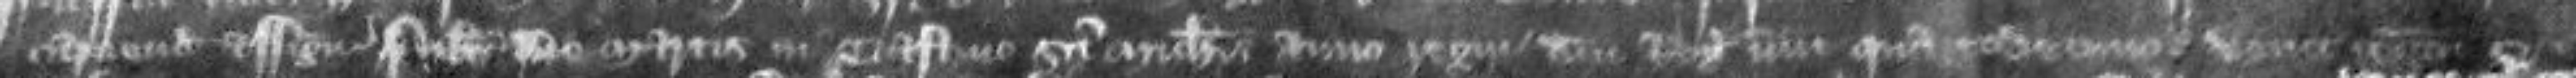
capiendas assignatis scilicet die Martis in crastino Sancti Michaelis anno regni domini regis nunc quartodecimo venit recognitura si